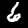
Digit: 6